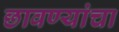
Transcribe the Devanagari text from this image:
छावण्यांचा